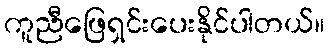
ကူညီဖြေရှင်းပေးနိုင်ပါတယ်။